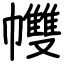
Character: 𢅻